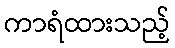
ကာရံထားသည့်